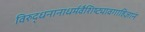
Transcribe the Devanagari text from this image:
विरुद्धनानाधर्मवैशिष्ट्यावगाहिज्ञानं